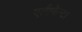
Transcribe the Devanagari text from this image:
एलीफेंन्टा